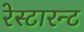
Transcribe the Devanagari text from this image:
रेस्टारन्ट